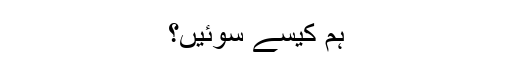
ہم کیسے سوئیں؟